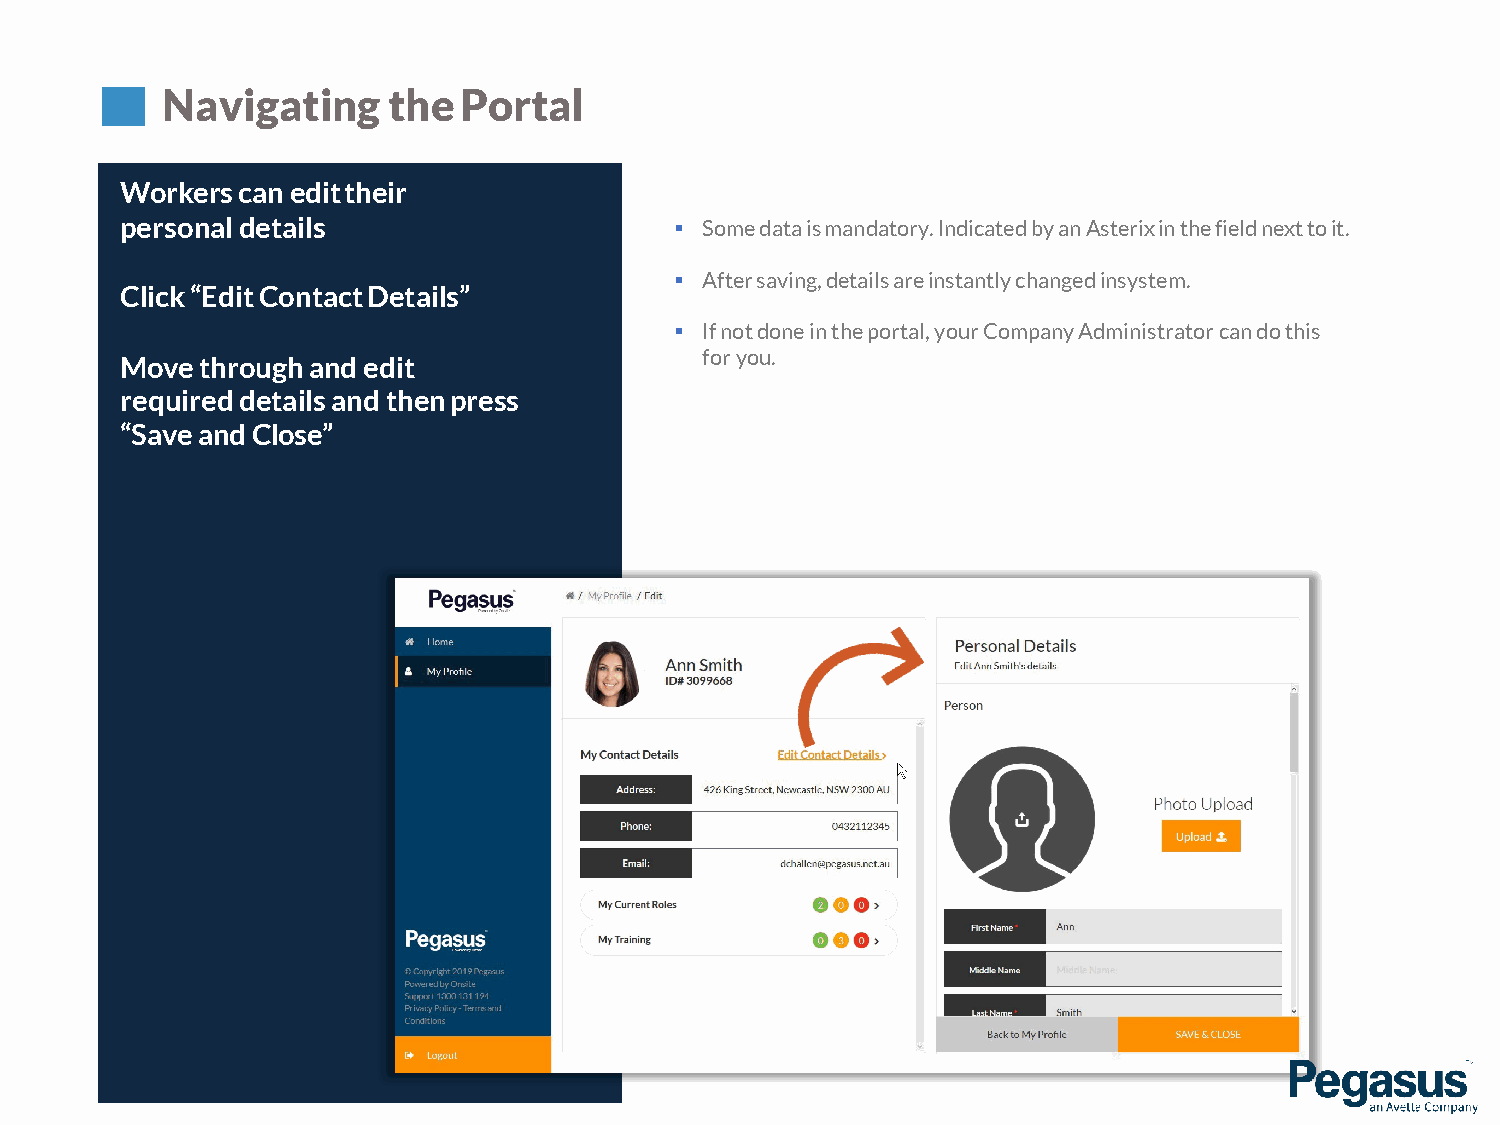
Navigating     thePortal
 Workerscanedittheir
 personaldetails                       Somedataismandatory.IndicatedbyanAsterixinthefieldnexttoit.
  Aftersaving,detailsareinstantlychangedinsystem.
 Click“EditContactDetails”
  If not done in the portal, your Company Administrator can do this
 for you.
 Move through and edit
 requireddetailsand thenpress
 “SaveandClose”